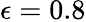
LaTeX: \epsilon=0.8